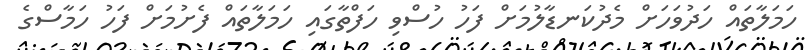
ހަމަލާތައް ހަދުވަހަށް މެދުކަނޑާލުމަށް ފަހު ހުސްވި ހަފްތާގައި ހަމަލާތައް ފެށުމަށް ފަހު ހަމާސްގެ